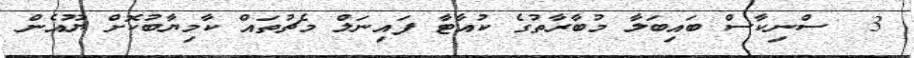
3  ސްނިކާސް ބައިބަލާ މުބާރާތުގެ ކުއާޓާ ފައިނަލް މެޗުތައް ކާމިޔާބުކޮށް ޔޫއެން